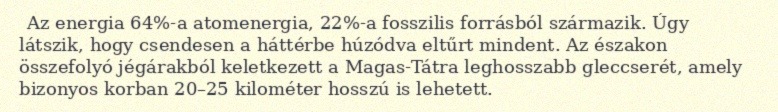
Az energia 64%-a atomenergia, 22%-a fosszilis forrásból származik. Úgy látszik, hogy csendesen a háttérbe húzódva eltűrt mindent. Az északon összefolyó jégárakból keletkezett a Magas-Tátra leghosszabb gleccserét, amely bizonyos korban 20–25 kilométer hosszú is lehetett.